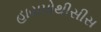
હાયપોથીસીસ